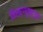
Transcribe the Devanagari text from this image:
निसर्गदृष्ट्या